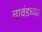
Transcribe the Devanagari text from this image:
चावंडच्या